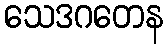
သေဒဂတေန